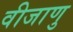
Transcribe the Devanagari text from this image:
वीजाणु